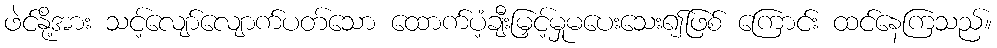
ဖဲင်နို့အား သင့်လျော်လျောက်ပတ်သော ထောက်ပံ့ချီးမြှင့်မှုမပေးသေး၍ဖြစ် ကြောင်း ထင်နေကြသည်။